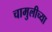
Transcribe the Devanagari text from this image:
चामुलीच्या